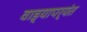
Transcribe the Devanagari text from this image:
वाड्यापर्यंत